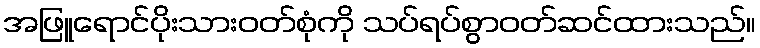
အဖြူရောင်ပိုးသားဝတ်စုံကို သပ်ရပ်စွာဝတ်ဆင်ထားသည်။